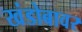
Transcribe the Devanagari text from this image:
खंडोबावर